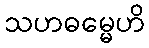
သဟဓမ္မေဟိ